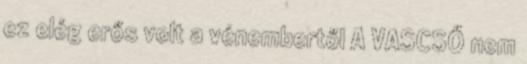
ez elég erős volt a vénembertől A VASCSŐ nem